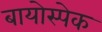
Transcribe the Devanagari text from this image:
बायोस्पेक